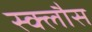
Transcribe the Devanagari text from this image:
स्क्लौस